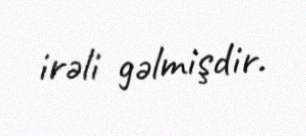
irəli gəlmişdir.